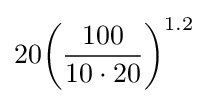
20{\left({\frac {100}{10\cdot 20}}\right)^{1.2}}